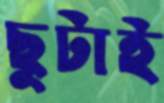
ছুটাই